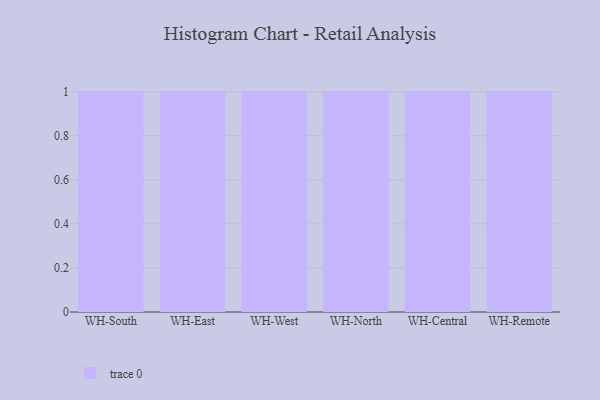
{"axis": {"x": "Warehouse", "y": "Revenue (USD Million)"}, "legend": [""], "data": [{"x": "WH-South", "y": 82, "type": ""}, {"x": "WH-East", "y": 10, "type": ""}, {"x": "WH-West", "y": 21, "type": ""}, {"x": "WH-North", "y": 32, "type": ""}, {"x": "WH-Central", "y": 59, "type": ""}, {"x": "WH-Remote", "y": 39, "type": ""}]}